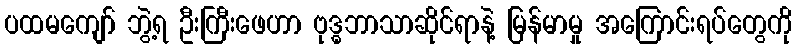
ပထမကျော် ဘွဲ့ရ ဦးကြီးဖေဟာ ဗုဒ္ဓဘာသာဆိုင်ရာနဲ့ မြန်မာမှု အကြောင်းရပ်တွေကို